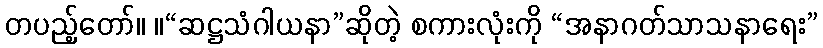
တပည့်တော်။ ။“ဆဋ္ဌသံဂါယနာ”ဆိုတဲ့ စကားလုံးကို “အနာဂတ်သာသနာရေး”